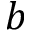
b